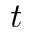
t